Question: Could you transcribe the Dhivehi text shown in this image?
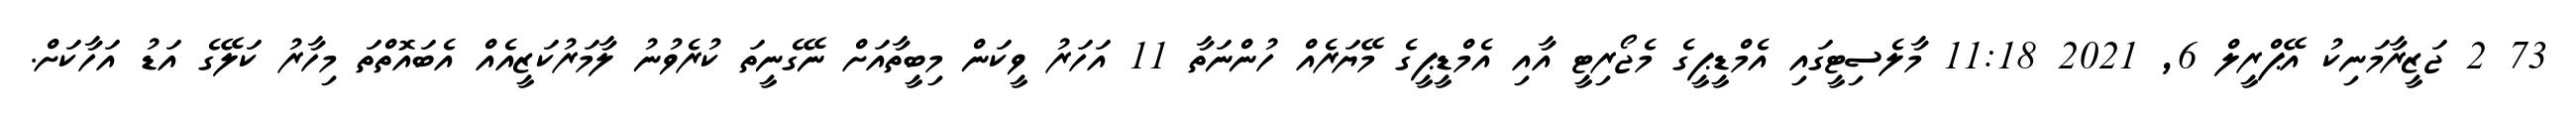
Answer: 73 2 ޖަޒީރާމަނިކު އޭޕްރީލް 6, 2021 11:18 މާލެސިޓީގައި އެމްޑީޕީގެ މެޖޯރިޓީ އާއި އެމްޑީޕީގެ މޭޔަރެއް ހުންނަތާ 11 އަހަރު ވީކަން މިބީތާއަށް ނޭގެނީތަ ކުރެވުނު ލާމަރުކަޒީއެއް އެބައޮތްތަ މިހާރު ކަލޭގެ އަޑު އަހާކަށް.